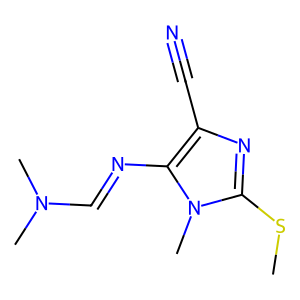
SMILES: CSc1nc(C#N)c(N=CN(C)C)n1C
Inhibits HIV replication: No